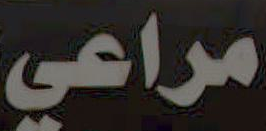
مراعي